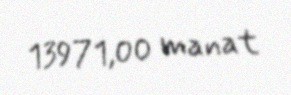
13971,00 manat